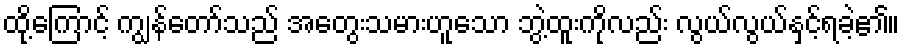
ထို့ကြောင့် ကျွန်တော်သည် အတွေးသမားဟူသော ဘွဲ့ထူးကိုလည်း လွယ်လွယ်နှင့်ရခဲ့၏။